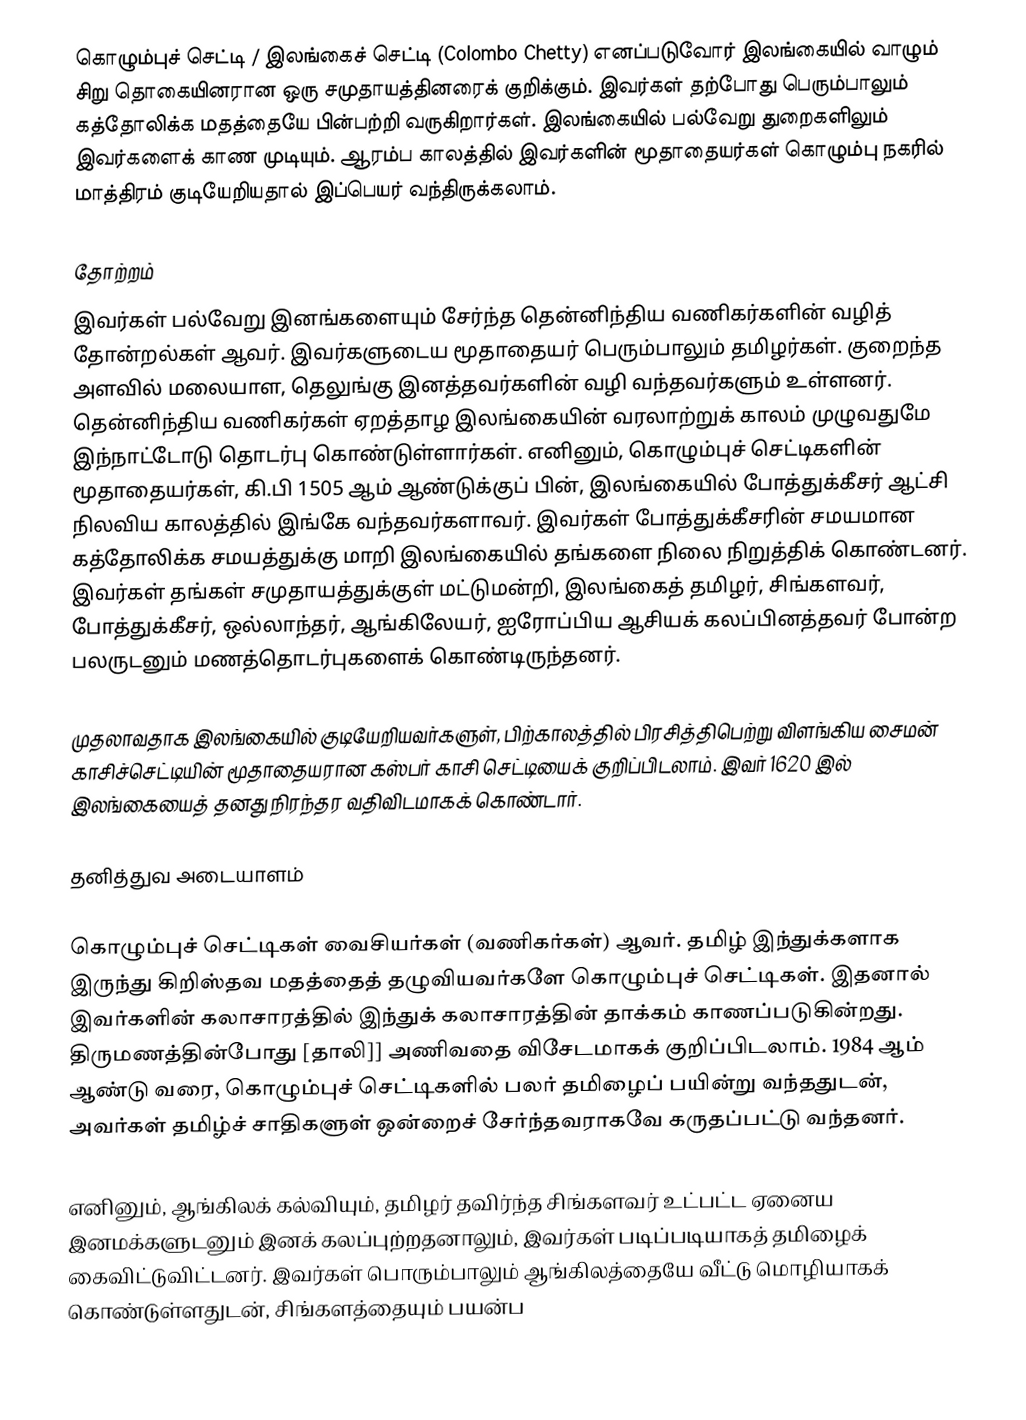
கொழும்புச் செட்டி / இலங்கைச் செட்டி (Colombo Chetty) எனப்படுவோர் இலங்கையில் வாழும் சிறு தொகையினரான ஒரு சமுதாயத்தினரைக் குறிக்கும். இவர்கள் தற்போது பெரும்பாலும் கத்தோலிக்க மதத்தையே பின்பற்றி வருகிறார்கள். இலங்கையில் பல்வேறு துறைகளிலும் இவர்களைக் காண முடியும். ஆரம்ப காலத்தில் இவர்களின் மூதாதையர்கள் கொழும்பு நகரில் மாத்திரம் குடியேறியதால் இப்பெயர் வந்திருக்கலாம்.

தோற்றம்
இவர்கள் பல்வேறு இனங்களையும் சேர்ந்த தென்னிந்திய வணிகர்களின் வழித் தோன்றல்கள் ஆவர். இவர்களுடைய மூதாதையர் பெரும்பாலும் தமிழர்கள். குறைந்த அளவில் மலையாள, தெலுங்கு இனத்தவர்களின் வழி வந்தவர்களும் உள்ளனர். தென்னிந்திய வணிகர்கள் ஏறத்தாழ இலங்கையின் வரலாற்றுக் காலம் முழுவதுமே இந்நாட்டோடு தொடர்பு கொண்டுள்ளார்கள். எனினும், கொழும்புச் செட்டிகளின் மூதாதையர்கள், கி.பி 1505 ஆம் ஆண்டுக்குப் பின், இலங்கையில் போத்துக்கீசர் ஆட்சி நிலவிய காலத்தில் இங்கே வந்தவர்களாவர். இவர்கள் போத்துக்கீசரின் சமயமான கத்தோலிக்க சமயத்துக்கு மாறி இலங்கையில் தங்களை நிலை நிறுத்திக் கொண்டனர். இவர்கள் தங்கள் சமுதாயத்துக்குள் மட்டுமன்றி, இலங்கைத் தமிழர், சிங்களவர், போத்துக்கீசர், ஒல்லாந்தர், ஆங்கிலேயர், ஐரோப்பிய ஆசியக் கலப்பினத்தவர் போன்ற பலருடனும் மணத்தொடர்புகளைக் கொண்டிருந்தனர்.

முதலாவதாக இலங்கையில் குடியேறியவர்களுள், பிற்காலத்தில் பிரசித்திபெற்று விளங்கிய சைமன் காசிச்செட்டியின் மூதாதையரான கஸ்பர் காசி செட்டியைக் குறிப்பிடலாம். இவர் 1620 இல் இலங்கையைத் தனது நிரந்தர வதிவிடமாகக் கொண்டார்.

தனித்துவ அடையாளம்

கொழும்புச் செட்டிகள் வைசியர்கள் (வணிகர்கள்) ஆவர். தமிழ் இந்துக்களாக இருந்து கிறிஸ்தவ மதத்தைத் தழுவியவர்களே கொழும்புச் செட்டிகள். இதனால் இவர்களின் கலாசாரத்தில் இந்துக் கலாசாரத்தின் தாக்கம் காணப்படுகின்றது. திருமணத்தின்போது [தாலி]] அணிவதை விசேடமாகக் குறிப்பிடலாம். 1984 ஆம் ஆண்டு வரை, கொழும்புச் செட்டிகளில் பலர் தமிழைப் பயின்று வந்ததுடன், அவர்கள் தமிழ்ச் சாதிகளுள் ஒன்றைச் சேர்ந்தவராகவே கருதப்பட்டு வந்தனர்.

எனினும், ஆங்கிலக் கல்வியும், தமிழர் தவிர்ந்த சிங்களவர் உட்பட்ட ஏனைய இனமக்களுடனும் இனக் கலப்புற்றதனாலும், இவர்கள் படிப்படியாகத் தமிழைக் கைவிட்டுவிட்டனர். இவர்கள் பொரும்பாலும் ஆங்கிலத்தையே வீட்டு மொழியாகக் கொண்டுள்ளதுடன், சிங்களத்தையும் பயன்ப